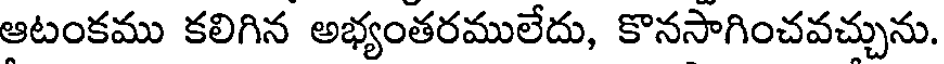
ఆటంకము కలిగిన అభ్యంతరములేదు, కొనసాగించవచ్చును.